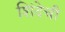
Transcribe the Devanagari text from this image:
शिंदेची